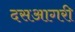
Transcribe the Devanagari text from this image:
दसआगरी